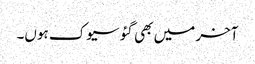
آخر میں بھی گئو سیوک ہوں۔